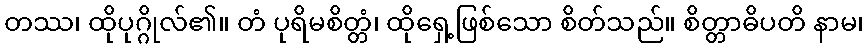
တဿ၊ ထိုပုဂ္ဂိုလ်၏။ တံ ပုရိမစိတ္တံ၊ ထိုရှေ့ဖြစ်သော စိတ်သည်။ စိတ္တာဓိပတိ နာမ၊